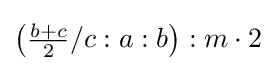
\left({\tfrac {b+c}{2}}/c:a:b\right):m\cdot 2